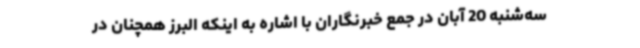
سه‌شنبه 20 آبان در جمع خبرنگاران با اشاره به اینکه البرز همچنان در